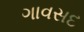
ગાવસદ